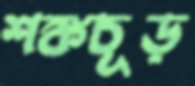
শঙ্কচূড়